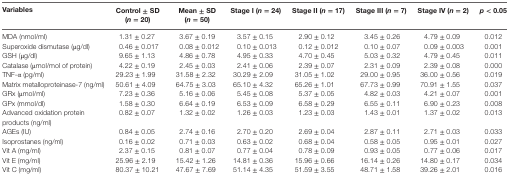
<table><thead><tr><td><b>Variables</b></td><td><b>Control ± SD (<i>n</i> = 20)</b></td><td><b>Mean ± SD (<i>n</i> = 50)</b></td><td><b>Stage I (<i>n</i> = 24)</b></td><td><b>Stage II (<i>n</i> = 17)</b></td><td><b>Stage III (<i>n</i> = 7)</b></td><td><b>Stage IV (<i>n</i> = 2)</b></td><td><b><i>p</i> &lt; 0.05</b></td></tr></thead><tbody><tr><td>MDA (nmol/ml)</td><td>1.31 ± 0.27</td><td>3.67 ± 0.19</td><td>3.57 ± 0.15</td><td>2.90 ± 0.12</td><td>3.45 ± 0.26</td><td>4.79 ± 0.09</td><td>0.012</td></tr><tr><td>Superoxide dismutase (μg/dl)</td><td>0.46 ± 0.017</td><td>0.08 ± 0.012</td><td>0.10 ± 0.013</td><td>0.12 ± 0.012</td><td>0.10 ± 0.07</td><td>0.09 ± 0.003</td><td>0.001</td></tr><tr><td>GSH (μg/dl)</td><td>9.65 ± 1.13</td><td>4.86 ± 0.78</td><td>4.95 ± 0.33</td><td>4.70 ± 0.45</td><td>5.03 ± 0.32</td><td>4.79 ± 0.45</td><td>0.011</td></tr><tr><td>Catalase (μmol/mol of protein)</td><td>4.22 ± 0.19</td><td>2.45 ± 0.03</td><td>2.41 ± 0.06</td><td>2.39 ± 0.07</td><td>2.31 ± 0.09</td><td>2.39 ± 0.08</td><td>0.000</td></tr><tr><td>TNF-α (pg/ml)</td><td>29.23 ± 1.99</td><td>31.58 ± 2.32</td><td>30.29 ± 2.09</td><td>31.05 ± 1.02</td><td>29.00 ± 0.95</td><td>36.00 ± 0.56</td><td>0.019</td></tr><tr><td>Matrix metalloproteinase-7 (ng/ml)</td><td>50.61 ± 4.09</td><td>64.75 ± 3.03</td><td>65.10 ± 4.32</td><td>65.26 ± 1.01</td><td>67.73 ± 0.99</td><td>70.91 ± 1.55</td><td>0.037</td></tr><tr><td>GRx (μmol/ml)</td><td>7.23 ± 0.36</td><td>5.16 ± 0.06</td><td>5.45 ± 0.08</td><td>5.37 ± 0.05</td><td>4.82 ± 0.03</td><td>4.21 ± 0.07</td><td>0.001</td></tr><tr><td>GPx (mmol/dl)</td><td>1.58 ± 0.30</td><td>6.64 ± 0.19</td><td>6.53 ± 0.09</td><td>6.58 ± 0.29</td><td>6.55 ± 0.11</td><td>6.90 ± 0.23</td><td>0.008</td></tr><tr><td>Advanced oxidation protein products (ng/ml)</td><td>0.82 ± 0.07</td><td>1.32 ± 0.02</td><td>1.26 ± 0.03</td><td>1.23 ± 0.03</td><td>1.43 ± 0.01</td><td>1.37 ± 0.02</td><td>0.013</td></tr><tr><td>AGEs (IU)</td><td>0.84 ± 0.05</td><td>2.74 ± 0.16</td><td>2.70 ± 0.20</td><td>2.69 ± 0.04</td><td>2.87 ± 0.11</td><td>2.71 ± 0.03</td><td>0.033</td></tr><tr><td>Isoprostanes (ng/ml)</td><td>0.16 ± 0.02</td><td>0.71 ± 0.03</td><td>0.63 ± 0.02</td><td>0.68 ± 0.04</td><td>0.58 ± 0.05</td><td>0.95 ± 0.01</td><td>0.027</td></tr><tr><td>Vit A (mg/ml)</td><td>2.37 ± 0.15</td><td>0.81 ± 0.07</td><td>0.77 ± 0.04</td><td>0.78 ± 0.09</td><td>0.93 ± 0.05</td><td>0.77 ± 0.06</td><td>0.017</td></tr><tr><td>Vit E (mg/ml)</td><td>25.96 ± 2.19</td><td>15.42 ± 1.26</td><td>14.81 ± 0.36</td><td>15.96 ± 0.66</td><td>16.14 ± 0.26</td><td>14.80 ± 0.17</td><td>0.034</td></tr><tr><td>Vit C (mg/ml)</td><td>80.37 ± 10.21</td><td>47.67 ± 7.69</td><td>51.14 ± 4.35</td><td>51.59 ± 3.55</td><td>48.71 ± 1.58</td><td>39.26 ± 2.01</td><td>0.016</td></tr></tbody></table>